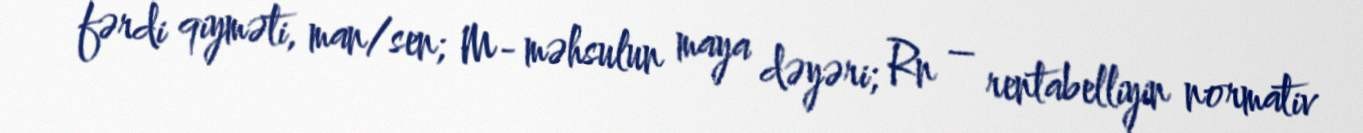
fərdi qiyməti, man/sen; M- məhsulun maya dəyəri; Rn – rentabelliyin normativ